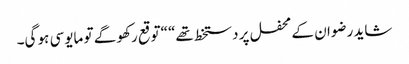
شاید رضوان کے محفل پر دستخط تھے“ “توقع رکھو گے تو مایوسی ہو گی۔